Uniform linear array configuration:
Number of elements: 24
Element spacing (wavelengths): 0.5
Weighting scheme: cosine
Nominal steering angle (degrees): -15
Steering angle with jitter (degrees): -15.354
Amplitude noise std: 0.05
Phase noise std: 0.05

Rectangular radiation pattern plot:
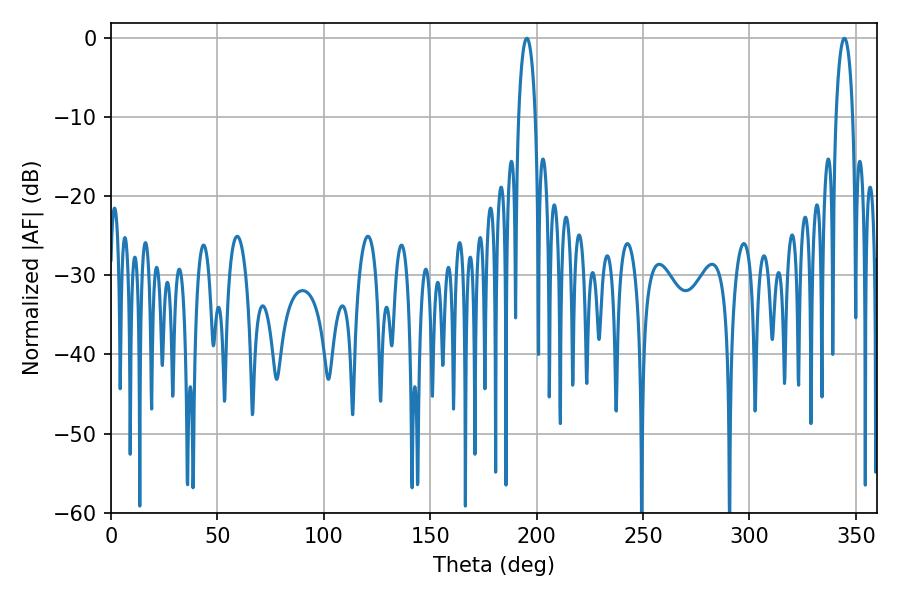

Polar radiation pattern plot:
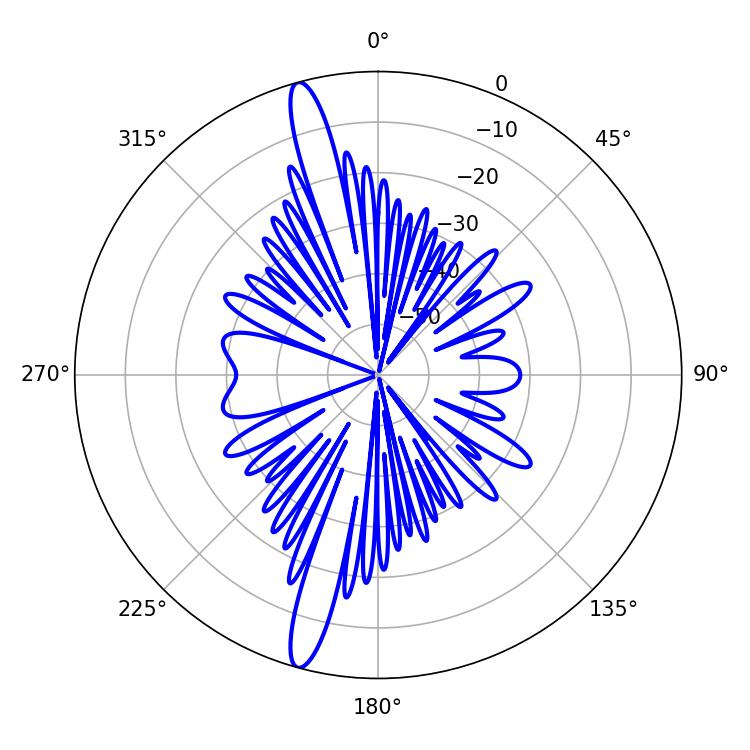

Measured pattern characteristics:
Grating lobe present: FALSE
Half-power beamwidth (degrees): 4.5
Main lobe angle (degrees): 195.48